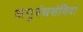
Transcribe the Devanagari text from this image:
अनुबंधसंविदा